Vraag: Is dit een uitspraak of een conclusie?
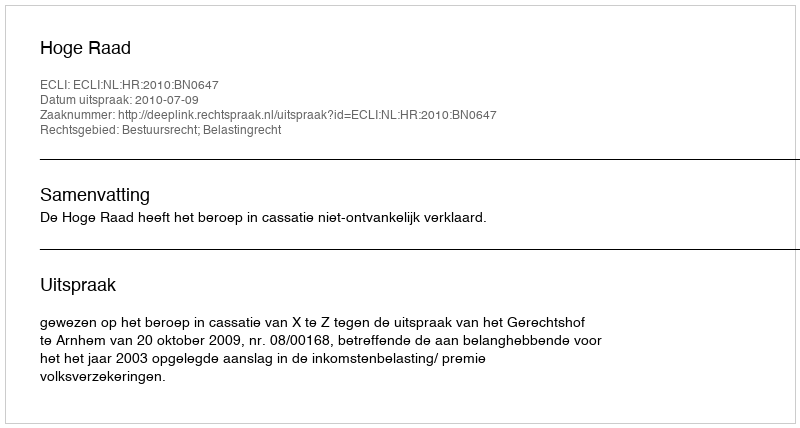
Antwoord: Uitspraak